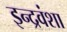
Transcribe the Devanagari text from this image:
इन्द्रवंशा